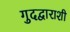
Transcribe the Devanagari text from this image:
गुदद्वाराशी